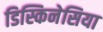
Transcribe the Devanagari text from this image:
डिस्किनेसिया